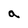
Character: a